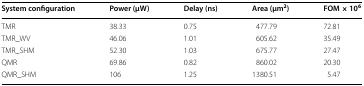
<table><thead><tr><td><b>System configuration</b></td><td><b>Power (μW)</b></td><td><b>Delay (ns)</b></td><td><b>Area (μm<sup>2</sup>)</b></td><td><b>FOM × 10<sup>6</sup></b></td></tr></thead><tbody><tr><td>TMR</td><td>38.33</td><td>0.75</td><td>477.79</td><td>72.81</td></tr><tr><td>TMR_WV</td><td>46.06</td><td>1.01</td><td>605.62</td><td>35.49</td></tr><tr><td>TMR_SHM</td><td>52.30</td><td>1.03</td><td>675.77</td><td>27.47</td></tr><tr><td>QMR</td><td>69.86</td><td>0.82</td><td>860.02</td><td>20.30</td></tr><tr><td>QMR_SHM</td><td>106</td><td>1.25</td><td>1380.51</td><td>5.47</td></tr></tbody></table>